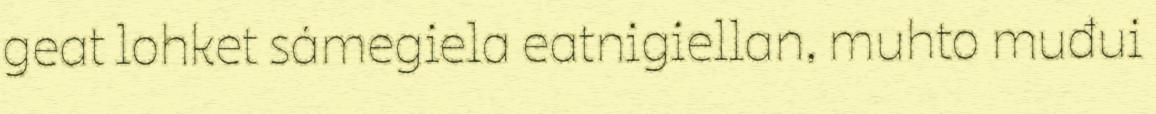
geat lohket sámegiela eatnigiellan, muhto muđui